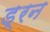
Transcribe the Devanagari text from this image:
ड्रन